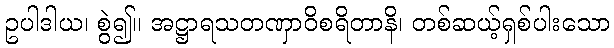
ဥပါဒါယ၊ စွဲ၍။ အဋ္ဌာရသတဏှာဝိစရိတာနိ၊ တစ်ဆယ့်ရှစ်ပါးသော